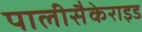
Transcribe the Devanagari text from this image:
पालीसैकेराइड